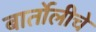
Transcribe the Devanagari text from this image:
बार्तोलीचे